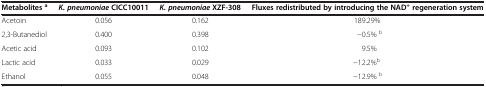
<table><thead><tr><td><b>Metabolites<sup>a</sup></b></td><td><b><i>K. pneumoniae </i>CICC10011</b></td><td><b><i>K. pneumoniae </i>XZF-308</b></td><td><b>Fluxes redistributed by introducing the NAD<sup>+</sup>regeneration system</b></td></tr></thead><tbody><tr><td>Acetoin</td><td>0.056</td><td>0.162</td><td>189.29%</td></tr><tr><td>2,3-Butanediol</td><td>0.400</td><td>0.398</td><td>−0.5% <sup>b</sup></td></tr><tr><td>Acetic acid</td><td>0.093</td><td>0.102</td><td>9.5%</td></tr><tr><td>Lactic acid</td><td>0.033</td><td>0.029</td><td>−12.2%<sup>b</sup></td></tr><tr><td>Ethanol</td><td>0.055</td><td>0.048</td><td>−12.9% <sup>b</sup></td></tr></tbody></table>